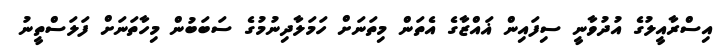
އިސްރާއީލުގެ އުދުވާނީ ސިފައިން ޣައްޒާގެ އެތަން މިތަނަށް ހަމަލާދިނުމުގެ ސަބަބުން މިހާތަނަށް ފަލަސްތީނު